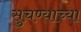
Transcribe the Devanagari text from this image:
सुचण्याच्या